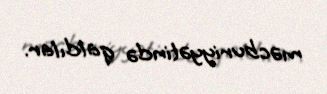
məcburiyyətində qaldılar.